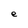
Character: e